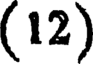
(12)